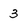
Character: 3